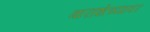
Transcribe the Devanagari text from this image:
बाराशेच्यावर